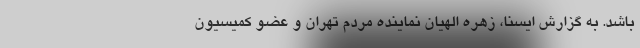
باشد. به گزارش ایسنا، زهره الهیان نماینده مردم تهران و عضو کمیسیون